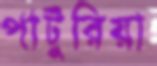
পাটুরিয়া